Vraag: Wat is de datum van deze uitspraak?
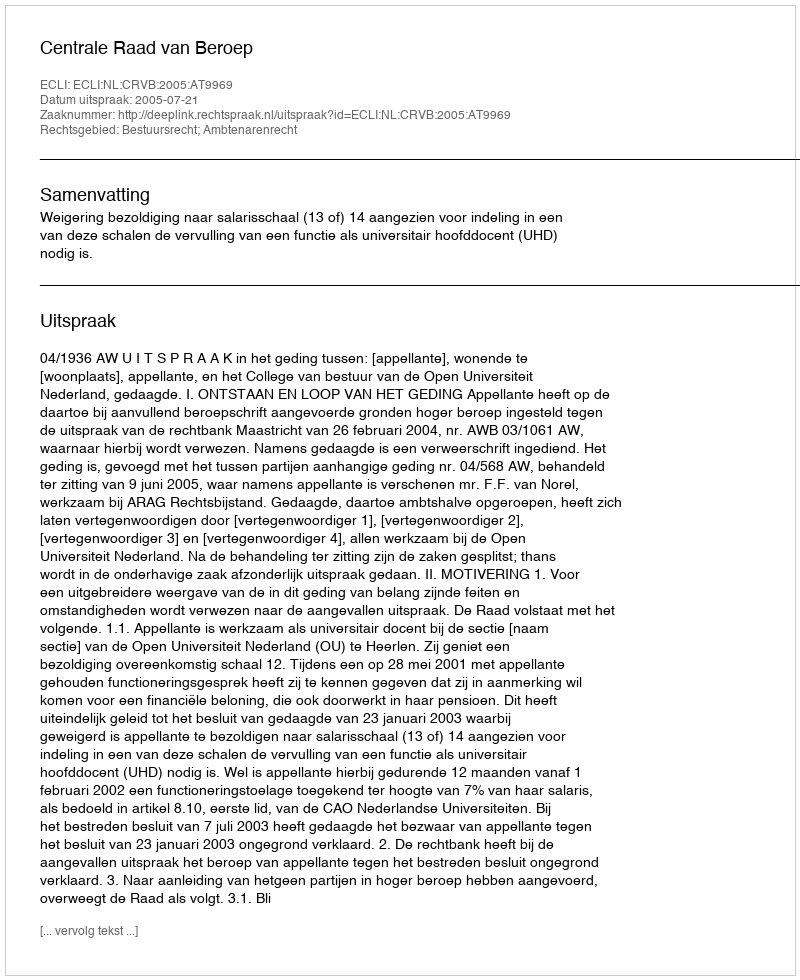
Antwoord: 2005-07-21